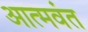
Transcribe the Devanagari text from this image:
आत्मवंत